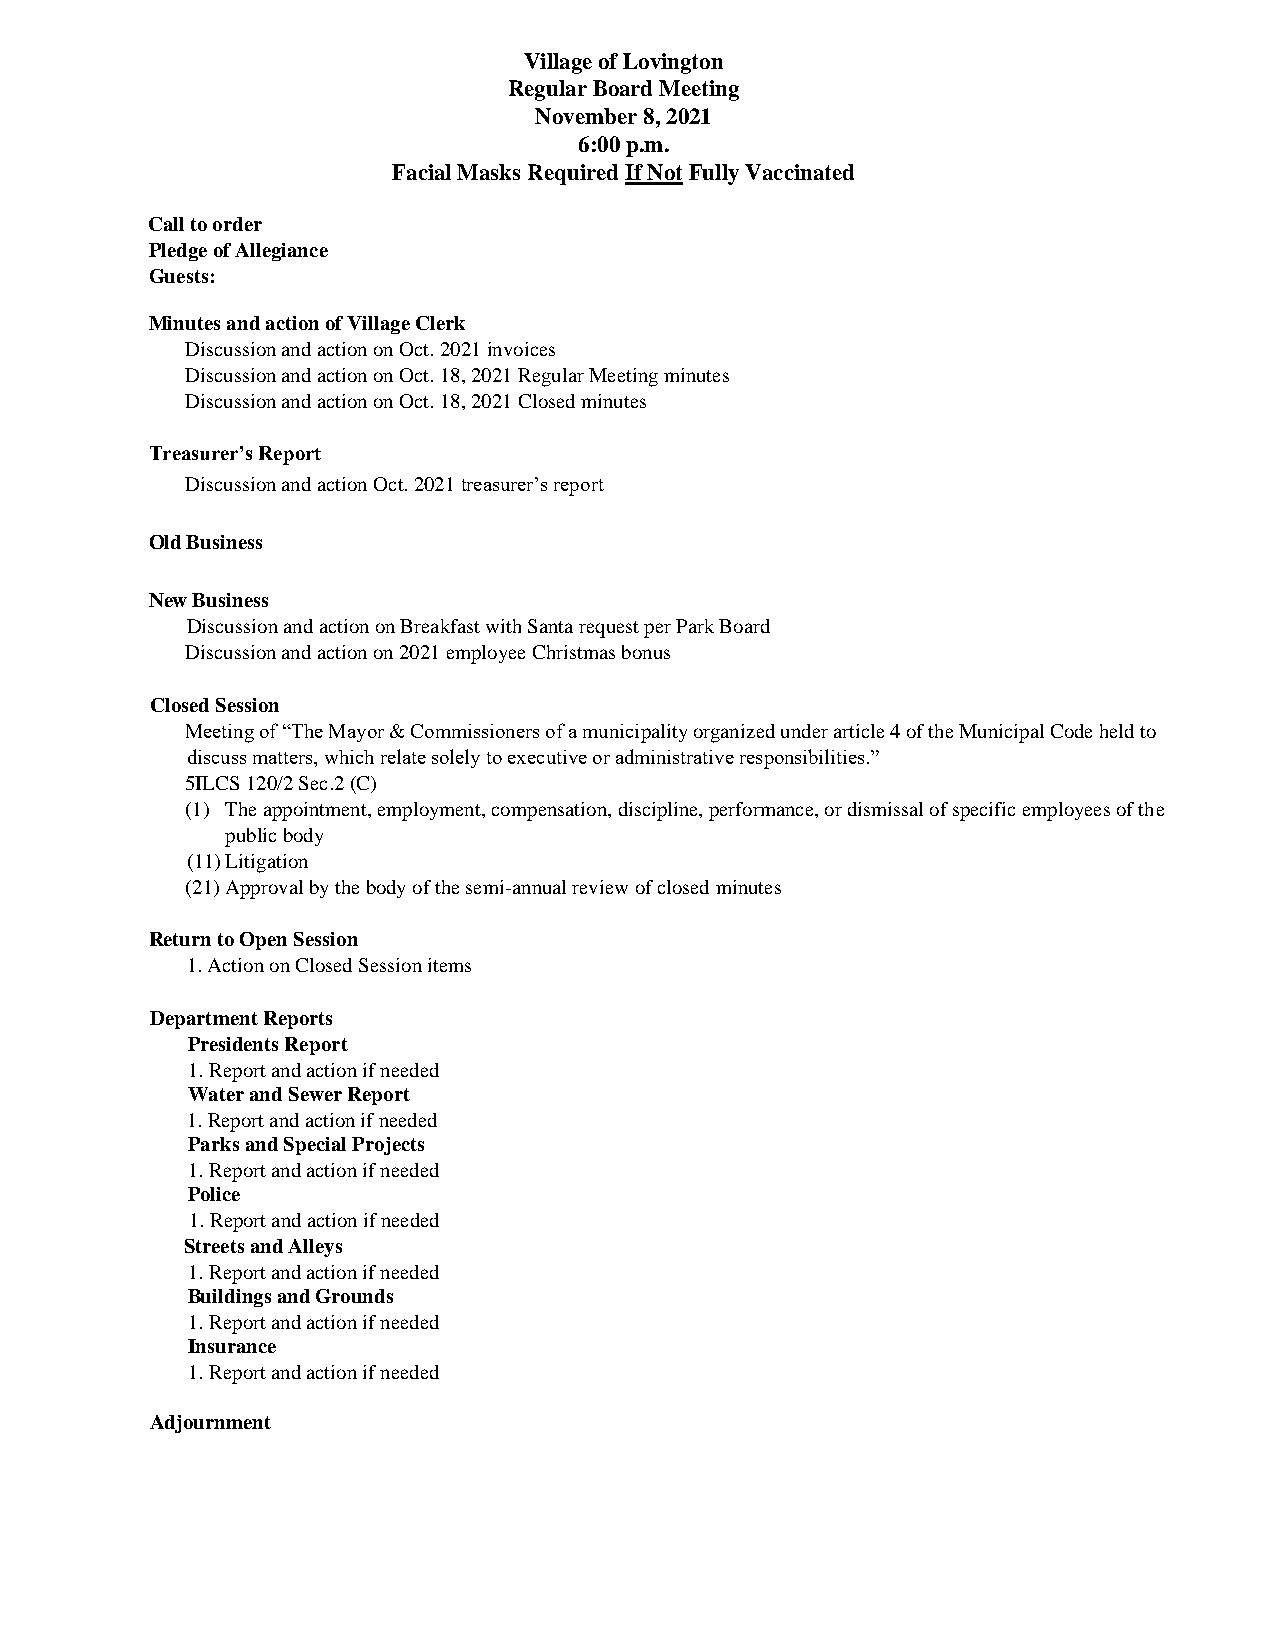
Village of Lovington
 Regular Board Meeting
 November 8, 2021
 6:00 p.m.
 Facial Masks Required If Not Fully Vaccinated
 Call to order
 Pledge of Allegiance
 Guests:
 Minutes and action of Village Clerk
 Discussion and action on Oct. 2021 invoices
 Discussion and action on Oct. 18, 2021 Regular Meeting minutes
 Discussion and action on Oct. 18, 2021 Closed minutes
 Treasurer’s Report
 Discussion and action Oct. 2021 treasurer’s report
 Old Business
 New Business
 Discussion and action on Breakfast with Santa request per Park Board
 Discussion and action on 2021 employee Christmas bonus
 Closed Session
 Meeting of “The Mayor & Commissioners of a municipality organized under article 4 of the Municipal Code held to
 discuss matters, which relate solely to executive or administrative responsibilities.”
 5ILCS 120/2 Sec.2 (C)
 (1) The appointment, employment, compensation, discipline, performance, or dismissal of specific employees of the
 public body
 (11) Litigation
 (21) Approval by the body of the semi-annual review of closed minutes
 Return to Open Session
 1. Action on Closed Session items
 Department Reports
 Presidents Report
 1. Report and action if needed
 Water and Sewer Report
 1. Report and action if needed
 Parks and Special Projects
 1. Report and action if needed
 Police
 1. Report and action if needed
 Streets and Alleys
 1. Report and action if needed
 Buildings and Grounds
 1. Report and action if needed
 Insurance
 1. Report and action if needed
 Adjournment